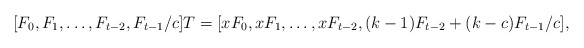
\begin{align*}[F_0,F_1,\ldots,F_{t-2},F_{t-1}/c]T=[xF_0,xF_1,\ldots,xF_{t-2}, (k-1)F_{t-2}+(k-c) F_{t-1}/c],\end{align*}